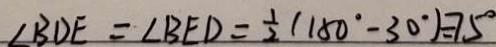
\angle B D E = \angle B E D = \frac { 1 } { 2 } ( 1 5 0 ^ { \circ } - 3 0 ^ { \circ } ) = 7 5 ^ { \circ }